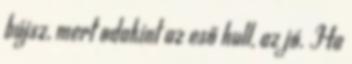
bújsz, mert odakint az eső hull, az jó. Ha